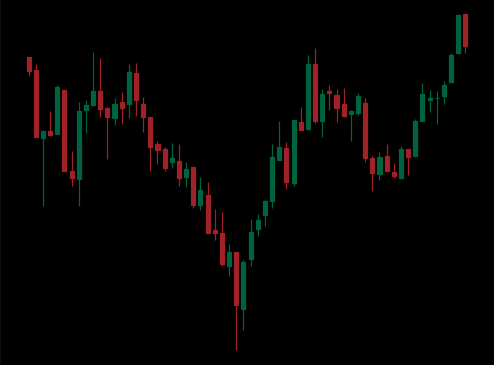
Pattern: inverse_head_shoulders